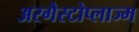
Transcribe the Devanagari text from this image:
अरगैस्टोप्लाज्म